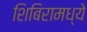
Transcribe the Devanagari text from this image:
शिबिरामध्ये